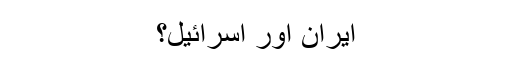
ایران اور اسرائیل؟